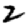
Digit: 2